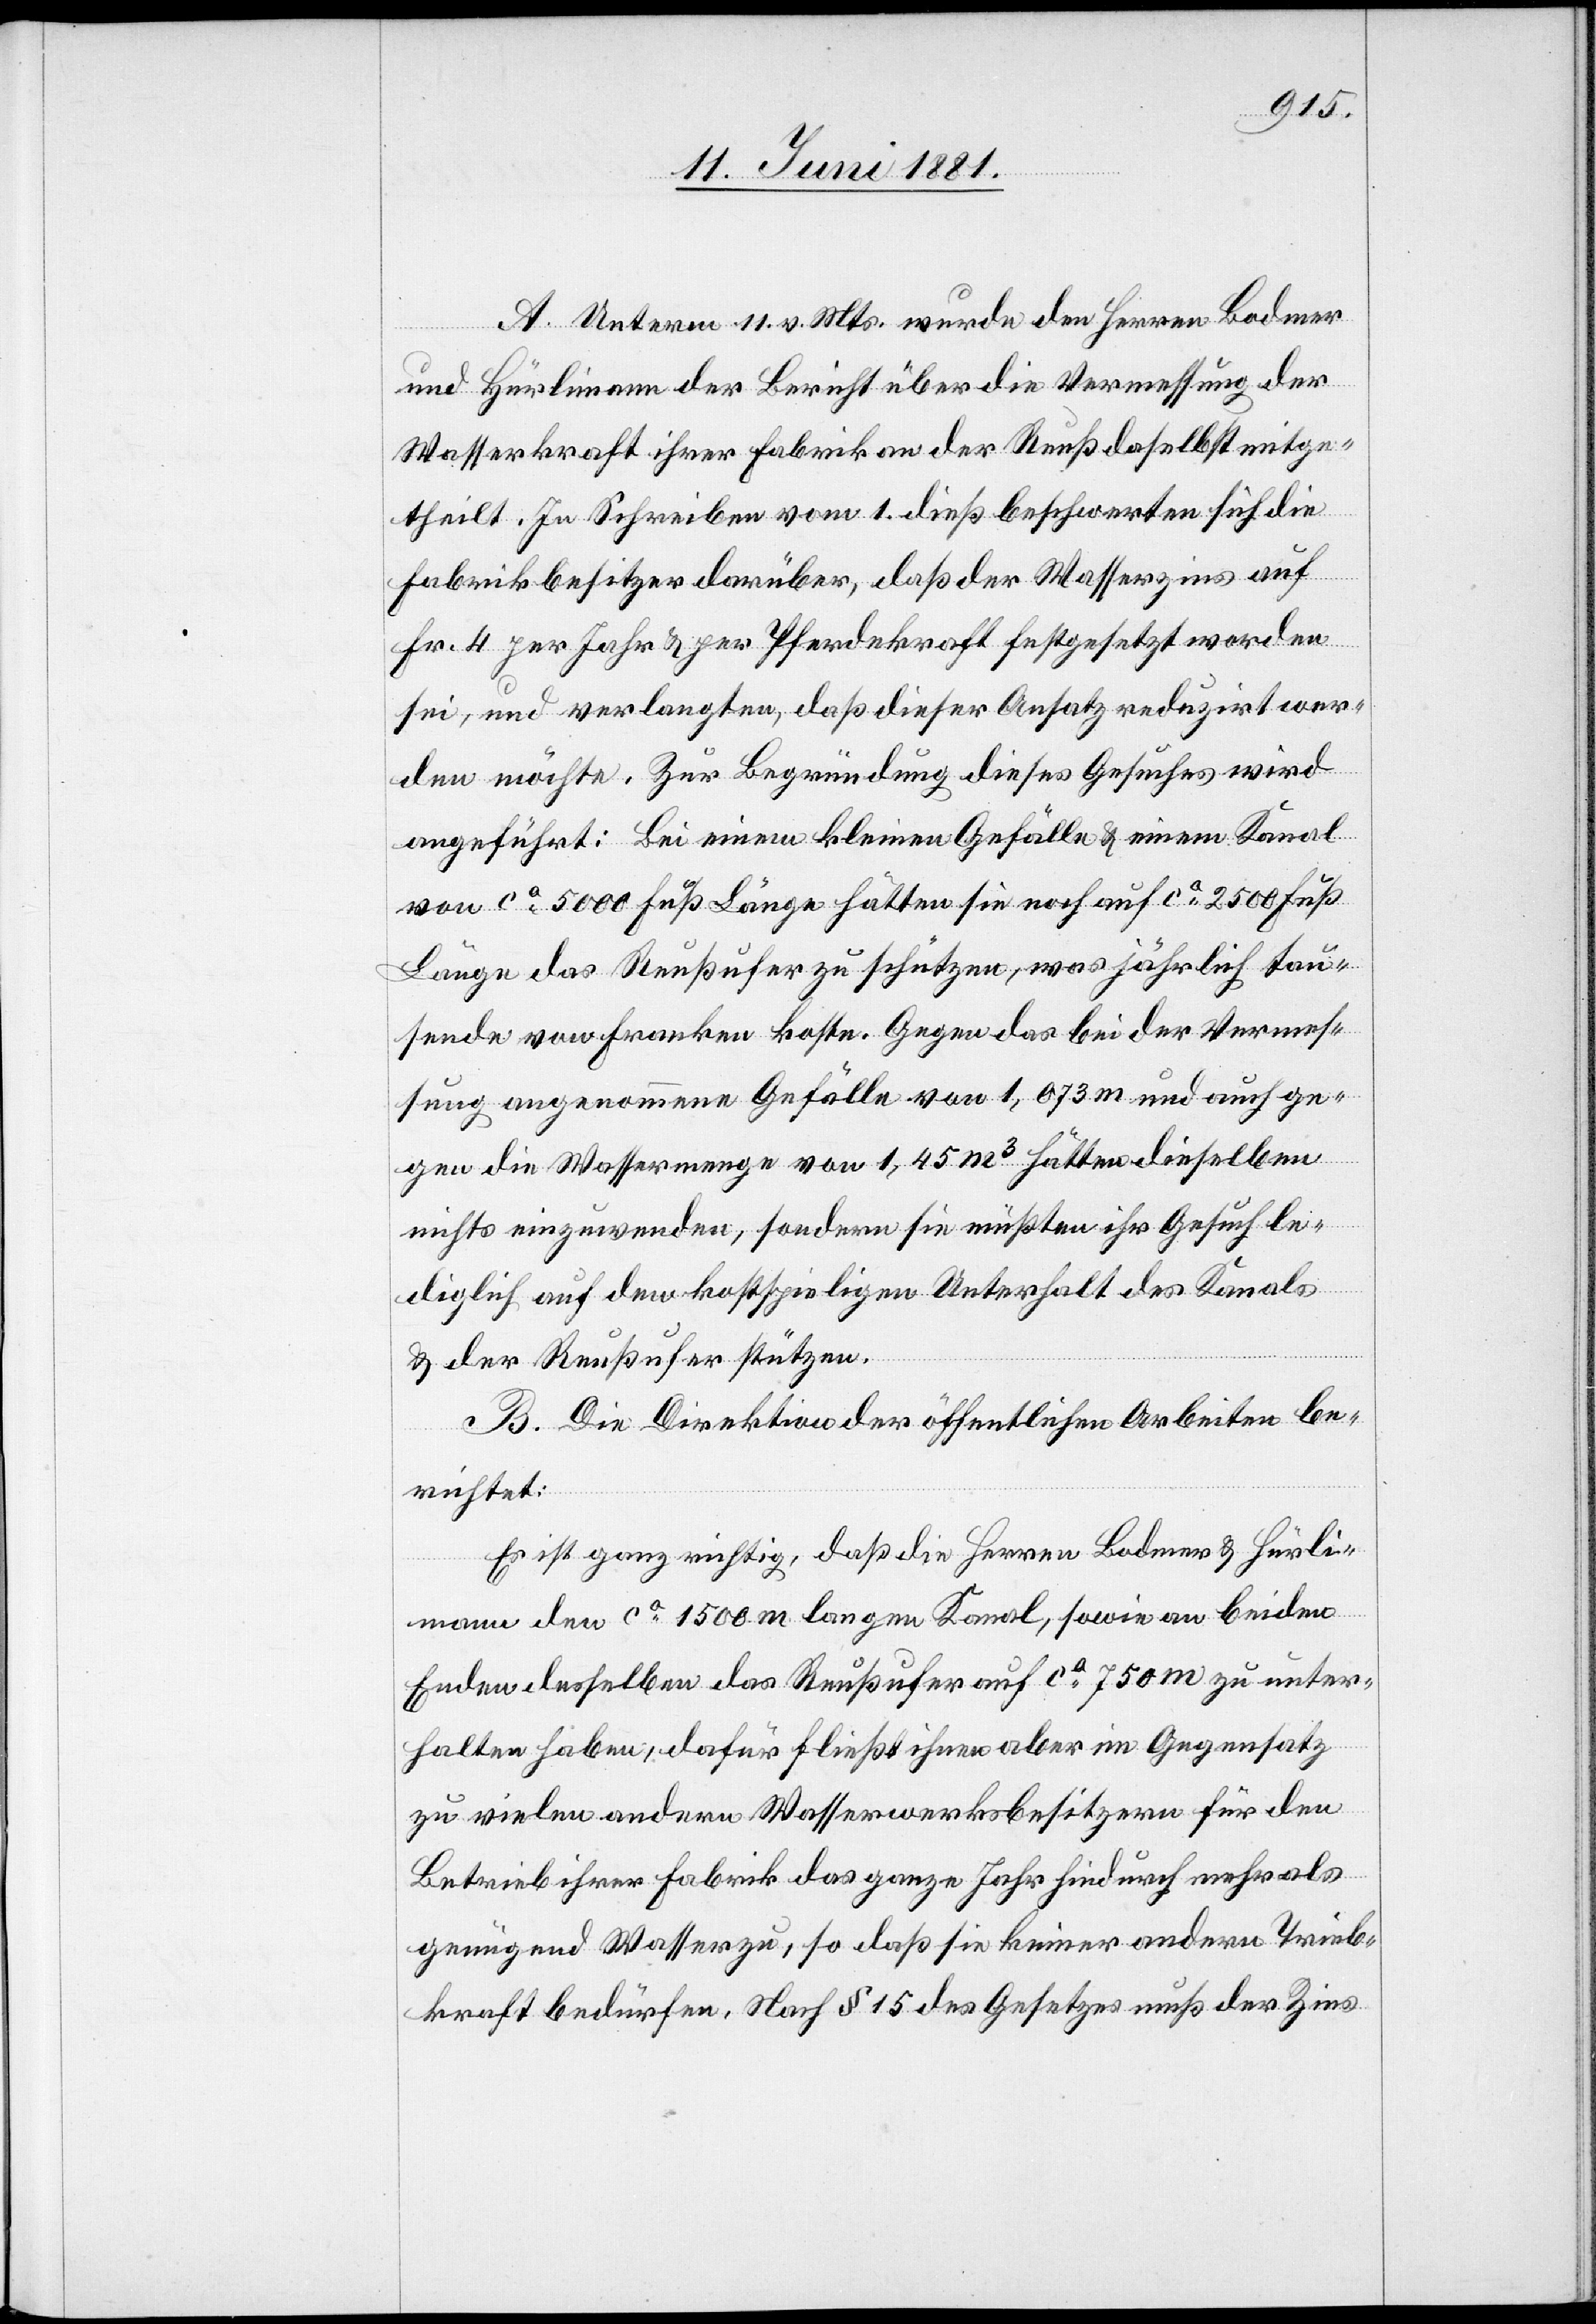
A. Unterm 11. v. Mts. wurde den Herren Bodmer
und Hürlimann der Bericht über die Vermessung der
Wasserkraft ihrer Fabrik an der Reuß daselbst mitge¬
theilt. In Schreiben vom 1. dieß beschwerten sich die
Fabrikbesitzer darüber, daß der Wasserzins auf
Fr. 4 per Jahr & per Pferdekraft festgesetzt worden
sei, und verlangten, daß dieser Ansatz reduzirt wer¬
den möchte. Zur Begründung dieses Gesuches wird
angeführt: Bei einem kleinen Gefälle & einem Kanal
von ca 5000 Fuß Länge hätten sie noch auf ca 250 Fuß
Länge das Reußufer zu schützen, was jährlich tau¬
sende von Franken koste. Gegen das bei der Vermes¬
sung angenommene Gefälle von 1,073 m und auch ge¬
gen die Wassermenge von 1,45 m3 hätten dieselben
nichts einzuwenden, sondern sie müßten ihr Gesuch le¬
diglich auf den kostspieligen Unterhalt des Kanals
& der Reußufer stützen.
B. Die Direktion der öffentlichen Arbeiten be¬
richtet:
Es ist ganz richtig, daß die Herren Bodmer & Hürli¬
mann den ca 1500 m langen Kanal, sowie an beiden
Enden desselben das Reußufer auf ca 750 m zu unter¬
halten haben, dafür fließt ihnen aber im Gegensatz
zu vielen andern Wasserwerksbesitzern für den
Betrieb ihrer Fabrik das ganze Jahr hindurch mehr als
genügend Wasser zu, so daß sie keiner andern Trieb¬
kraft bedürfen. Nach § 15 des Gesetzes muß der Zins